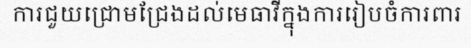
ការជួយជ្រោមជ្រែងដល់មេធាវីក្នុងការរៀបចំការពារ